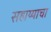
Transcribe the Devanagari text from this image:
सहाय्याचा